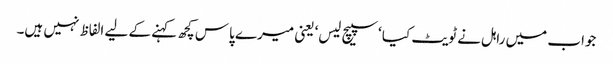
جواب میں راہل نے ٹویٹ کیا ‘سپیچ لیس‘ یعنی میرے پاس کچھ کہنے کے لیے الفاظ نہیں ہیں۔